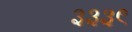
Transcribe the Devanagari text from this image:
३३३९